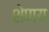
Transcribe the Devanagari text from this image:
शेणय